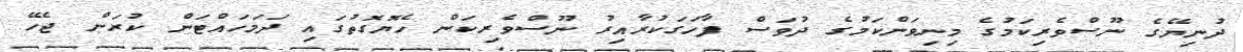
ދުނިޔޭގެ ނޫސްވެރިކަމުގެ މިނިވަންކަމުގެ ދުވަސް ފާހަގަކުރާއިރު ނޫސްވެރިކަން ހެޔޮގޮތުގައި ދަމަހައްޓަން ކުރަން ޖެހޭ